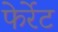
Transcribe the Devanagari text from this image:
फेर्रेट